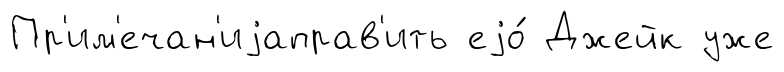
Пр'им'ечан'иjаправ'ить еjо́ Джейк уже